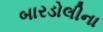
બારડોલીના